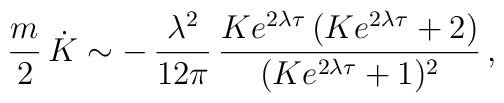
\frac{m}{2}\,\dot{K} \sim  -\,\frac{\lambda^{2}}{12\pi}\,\frac{Ke^{2\lambda \tau}\,(Ke^{2\lambda \tau}+2)}{(Ke^{2\lambda \tau}+1)^{2}} \,,